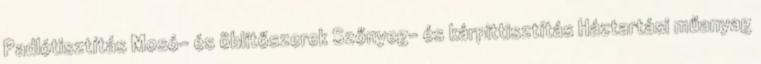
Padlótisztítás Mosó- és öblítőszerek Szőnyeg- és kárpittisztítás Háztartási műanyag